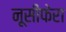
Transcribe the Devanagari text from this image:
नूसीफेरा